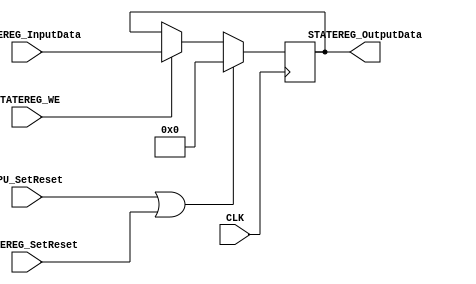
module STATE_REG
#
(
	parameter FetchBits   = 8
)
(
	//Basic:
	input 			  						CLK,
	
	input wire								CPU_SetReset,
	input wire								STATEREG_SetReset,
	//INPUT:
	
	input wire	  							STATEREG_WE,

	input wire [(FetchBits - 1) : 0] STATEREG_InputData,
	
	//OUTPUT:
	output reg [(FetchBits - 1) : 0] STATEREG_OutputData
);

wire reset = ( CPU_SetReset || STATEREG_SetReset );

//	DESCRIPTION:
always @(posedge CLK)
begin
	if(reset)
		STATEREG_OutputData <= 8'b0;
	else if(STATEREG_WE)
		STATEREG_OutputData <= STATEREG_InputData;
	else
		STATEREG_OutputData <= STATEREG_OutputData;
end
	
endmodule